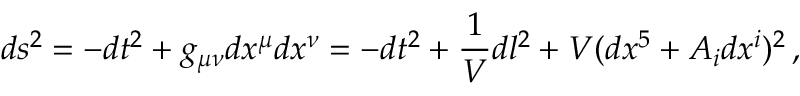
d s ^ { 2 } = - d t ^ { 2 } + g _ { \mu \nu } d x ^ { \mu } d x ^ { \nu } = - d t ^ { 2 } + \frac { 1 } { V } d l ^ { 2 } + V ( d x ^ { 5 } + A _ { i } d x ^ { i } ) ^ { 2 } \, ,